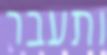
ותעבר